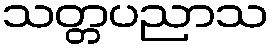
သတ္တပညာသ